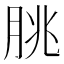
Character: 脁